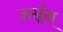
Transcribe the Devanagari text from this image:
ऊर्सूस्